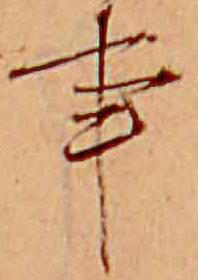
事